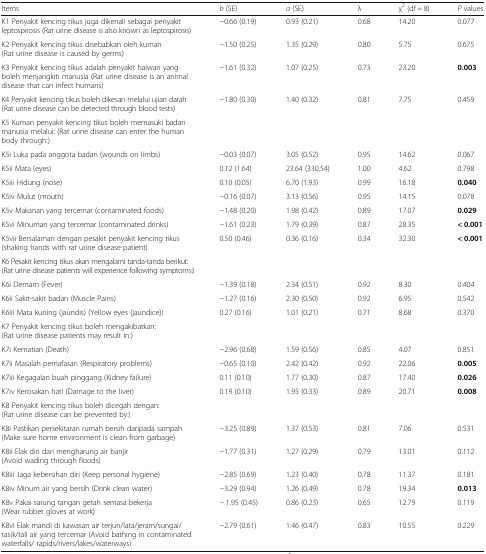
<table><thead><tr><td><b>Items</b></td><td><b><i>b</i> (SE)</b></td><td><b><i>a</i> (SE)</b></td><td><b>λ</b></td><td><b>χ<sup>2</sup> (df = 8)</b></td><td><b><i>P</i> values</b></td></tr></thead><tbody><tr><td>K1 Penyakit kencing tikus juga dikenali sebagai penyakit leptospirosis (Rat urine disease is also known as leptospirosis)</td><td>−0.66 (0.19)</td><td>0.93 (0.21)</td><td>0.68</td><td>14.20</td><td>0.077</td></tr><tr><td>K2 Penyakit kencing tikus disebabkan oleh kuman (Rat urine disease is caused by germs)</td><td>−1.50 (0.25)</td><td>1.35 (0.29)</td><td>0.80</td><td>5.75</td><td>0.675</td></tr><tr><td>K3 Penyakit kencing tikus adalah penyakit haiwan yang boleh menjangkiti manusia (Rat urine disease is an animal disease that can infect humans)</td><td>−1.61 (0.32)</td><td>1.07 (0.25)</td><td>0.73</td><td>23.20</td><td><b>0.003</b></td></tr><tr><td>K4 Penyakit kencing tikus boleh dikesan melalui ujian darah (Rat urine disease can be detected through blood tests)</td><td>−1.80 (0.30)</td><td>1.40 (0.32)</td><td>0.81</td><td>7.75</td><td>0.459</td></tr><tr><td colspan="6">K5 Kuman penyakit kencing tikus boleh memasuki badan manusia melalui: (Rat urine disease can enter the human body through:)</td></tr><tr><td>K5i Luka pada anggota badan (wounds on limbs)</td><td>−0.03 (0.07)</td><td>3.05 (0.52)</td><td>0.95</td><td>14.62</td><td>0.067</td></tr><tr><td>K5ii Mata (eyes)</td><td>0.12 (1.64)</td><td>23.64 (330.54)</td><td>1.00</td><td>4.62</td><td>0.798</td></tr><tr><td>K5iii Hidung (nose)</td><td>0.10 (0.05)</td><td>6.70 (1.93)</td><td>0.99</td><td>16.18</td><td><b>0.040</b></td></tr><tr><td>K5iv Mulut (mouth)</td><td>−0.16 (0.07)</td><td>3.13 (0.56)</td><td>0.95</td><td>14.15</td><td>0.078</td></tr><tr><td>K5v Makanan yang tercemar (contaminated foods)</td><td>−1.48 (0.20)</td><td>1.98 (0.42)</td><td>0.89</td><td>17.07</td><td><b>0.029</b></td></tr><tr><td>K5vi Minuman yang tercemar (contaminated drinks)</td><td>−1.61 (0.23)</td><td>1.79 (0.39)</td><td>0.87</td><td>28.35</td><td><b>&lt; 0.001</b></td></tr><tr><td>K5vii Bersalaman dengan pesakit penyakit kencing tikus (shaking hands with rat urine disease patient)</td><td>0.50 (0.46)</td><td>0.36 (0.16)</td><td>0.34</td><td>32.30</td><td><b>&lt; 0.001</b></td></tr><tr><td colspan="6">K6 Pesakit kencing tikus akan mengalami tanda-tanda berikut: (Rat urine disease patients will experience following symptoms:)</td></tr><tr><td>K6i Demam (Fever)</td><td>−1.39 (0.18)</td><td>2.34 (0.51)</td><td>0.92</td><td>8.30</td><td>0.404</td></tr><tr><td>K6ii Sakit-sakit badan (Muscle Pains)</td><td>−1.27 (0.16)</td><td>2.30 (0.50)</td><td>0.92</td><td>6.95</td><td>0.542</td></tr><tr><td>K6iii Mata kuning (jaundis) (Yellow eyes (jaundice))</td><td>0.27 (0.16)</td><td>1.01 (0.21)</td><td>0.71</td><td>8.68</td><td>0.370</td></tr><tr><td colspan="6">K7 Penyakit kencing tikus boleh mengakibatkan: (Rat urine disease patients may result in:)</td></tr><tr><td>K7i Kematian (Death)</td><td>−2.96 (0.68)</td><td>1.59 (0.56)</td><td>0.85</td><td>4.07</td><td>0.851</td></tr><tr><td>K7ii Masalah pernafasan (Respiratory problems)</td><td>−0.65 (0.10)</td><td>2.42 (0.42)</td><td>0.92</td><td>22.06</td><td><b>0.005</b></td></tr><tr><td>K7iii Kegagalan buah pinggang (Kidney failure)</td><td>0.11 (0.10)</td><td>1.77 (0.30)</td><td>0.87</td><td>17.40</td><td><b>0.026</b></td></tr><tr><td>K7iv Kerosakan hati (Damage to the liver)</td><td>0.19 (0.10)</td><td>1.95 (0.33)</td><td>0.89</td><td>20.71</td><td><b>0.008</b></td></tr><tr><td colspan="6">K8 Penyakit kencing tikus boleh dicegah dengan: (Rat urine disease can be prevented by:)</td></tr><tr><td>K8i Pastikan persekitaran rumah bersih daripada sampah (Make sure home environment is clean from garbage)</td><td>−3.25 (0.89)</td><td>1.37 (0.53)</td><td>0.81</td><td>7.06</td><td>0.531</td></tr><tr><td>K8ii Elak diri dari mengharung air banjir (Avoid wading through floods)</td><td>−1.77 (0.31)</td><td>1.27 (0.29)</td><td>0.79</td><td>13.01</td><td>0.112</td></tr><tr><td>K8iii Jaga kebersihan diri (Keep personal hygiene)</td><td>−2.85 (0.69)</td><td>1.23 (0.40)</td><td>0.78</td><td>11.37</td><td>0.181</td></tr><tr><td>K8iv Minum air yang bersih (Drink clean water)</td><td>−3.29 (0.94)</td><td>1.26 (0.49)</td><td>0.78</td><td>19.34</td><td><b>0.013</b></td></tr><tr><td>K8v Pakai sarung tangan getah semasa bekerja (Wear rubber gloves at work)</td><td>− 1.95 (0.45)</td><td>0.86 (0.23)</td><td>0.65</td><td>12.79</td><td>0.119</td></tr><tr><td>K8vi Elak mandi di kawasan air terjun/lata/jeram/sungai/tasik/tali air yang tercemar (Avoid bathing in contaminated waterfalls/ rapids/rivers/lakes/waterways)</td><td>−2.79 (0.61)</td><td>1.46 (0.47)</td><td>0.83</td><td>10.55</td><td>0.229</td></tr></tbody></table>